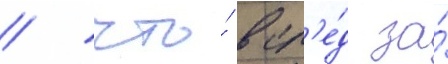
/ что́ всл'е́д за́